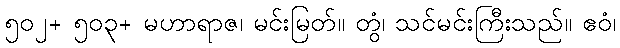
၅၀၂+ ၅၀၃+ မဟာရာဇ၊ မင်းမြတ်။ တွံ၊ သင်မင်းကြီးသည်။ ဧဝံ၊